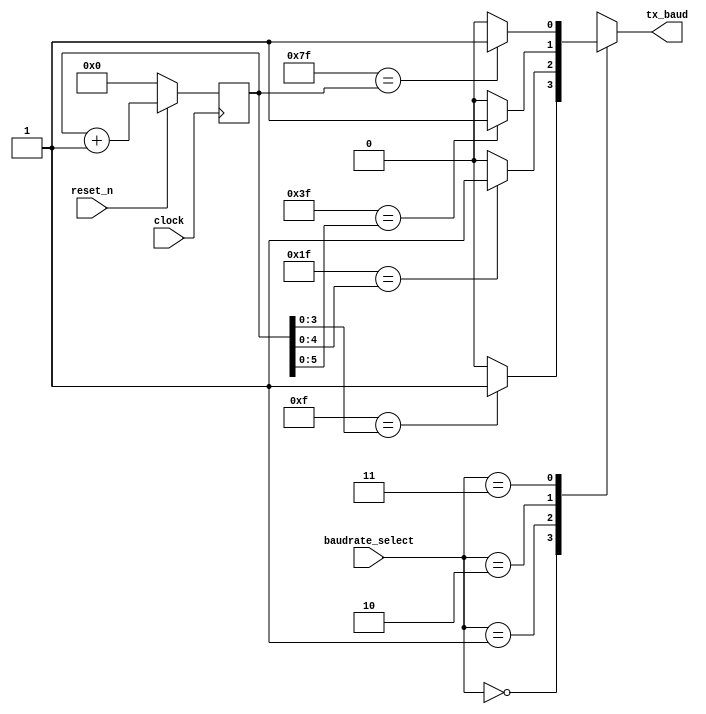
module tx_baud_gen
(
	input clock, reset_n,
	input[1:0] baudrate_select,
	output reg tx_baud
);

reg [6:0]num;

always@(posedge clock) begin
	if(reset_n == 0)
		num <= 0;
	else
		num <= num + 1;
end

//BAUDRATE GENERATOR WITH 4 SELECTIONS
always@(*) begin
	case(baudrate_select)
		0: tx_baud = (4'b1111 == num[3:0]) ? 1 : 0;
		1: tx_baud = (5'b11111 == num[4:0]) ? 1 : 0;
		2: tx_baud = (6'b111111 == num[5:0]) ? 1 : 0;
		3: tx_baud = (7'b1111111 == num[6:0]) ? 1 : 0;
		default: tx_baud = 0;
	endcase
end

endmodule